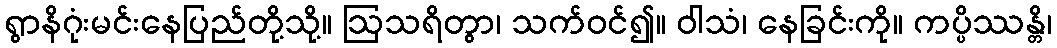
ရွာနိဂုံးမင်းနေပြည်တို့သို့။ ဩသရိတွာ၊ သက်ဝင်၍။ ဝါသံ၊ နေခြင်းကို။ ကပ္ပိဿန္တိ၊